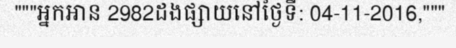
"""អ្នកអាន 2982ដងផ្សាយនៅថ្ងៃទី: 04-11-2016,"""